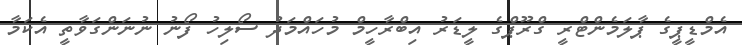
އެމްޑީޕީގެ ޕާލަމެންޓްރީ ގްރޫޕްގެ ލީޑަރު އިބްރާހީމް މުހައްމަދު ސޯލިހު ފޯނު ނުނަންގަވާތީ އެކަމާ